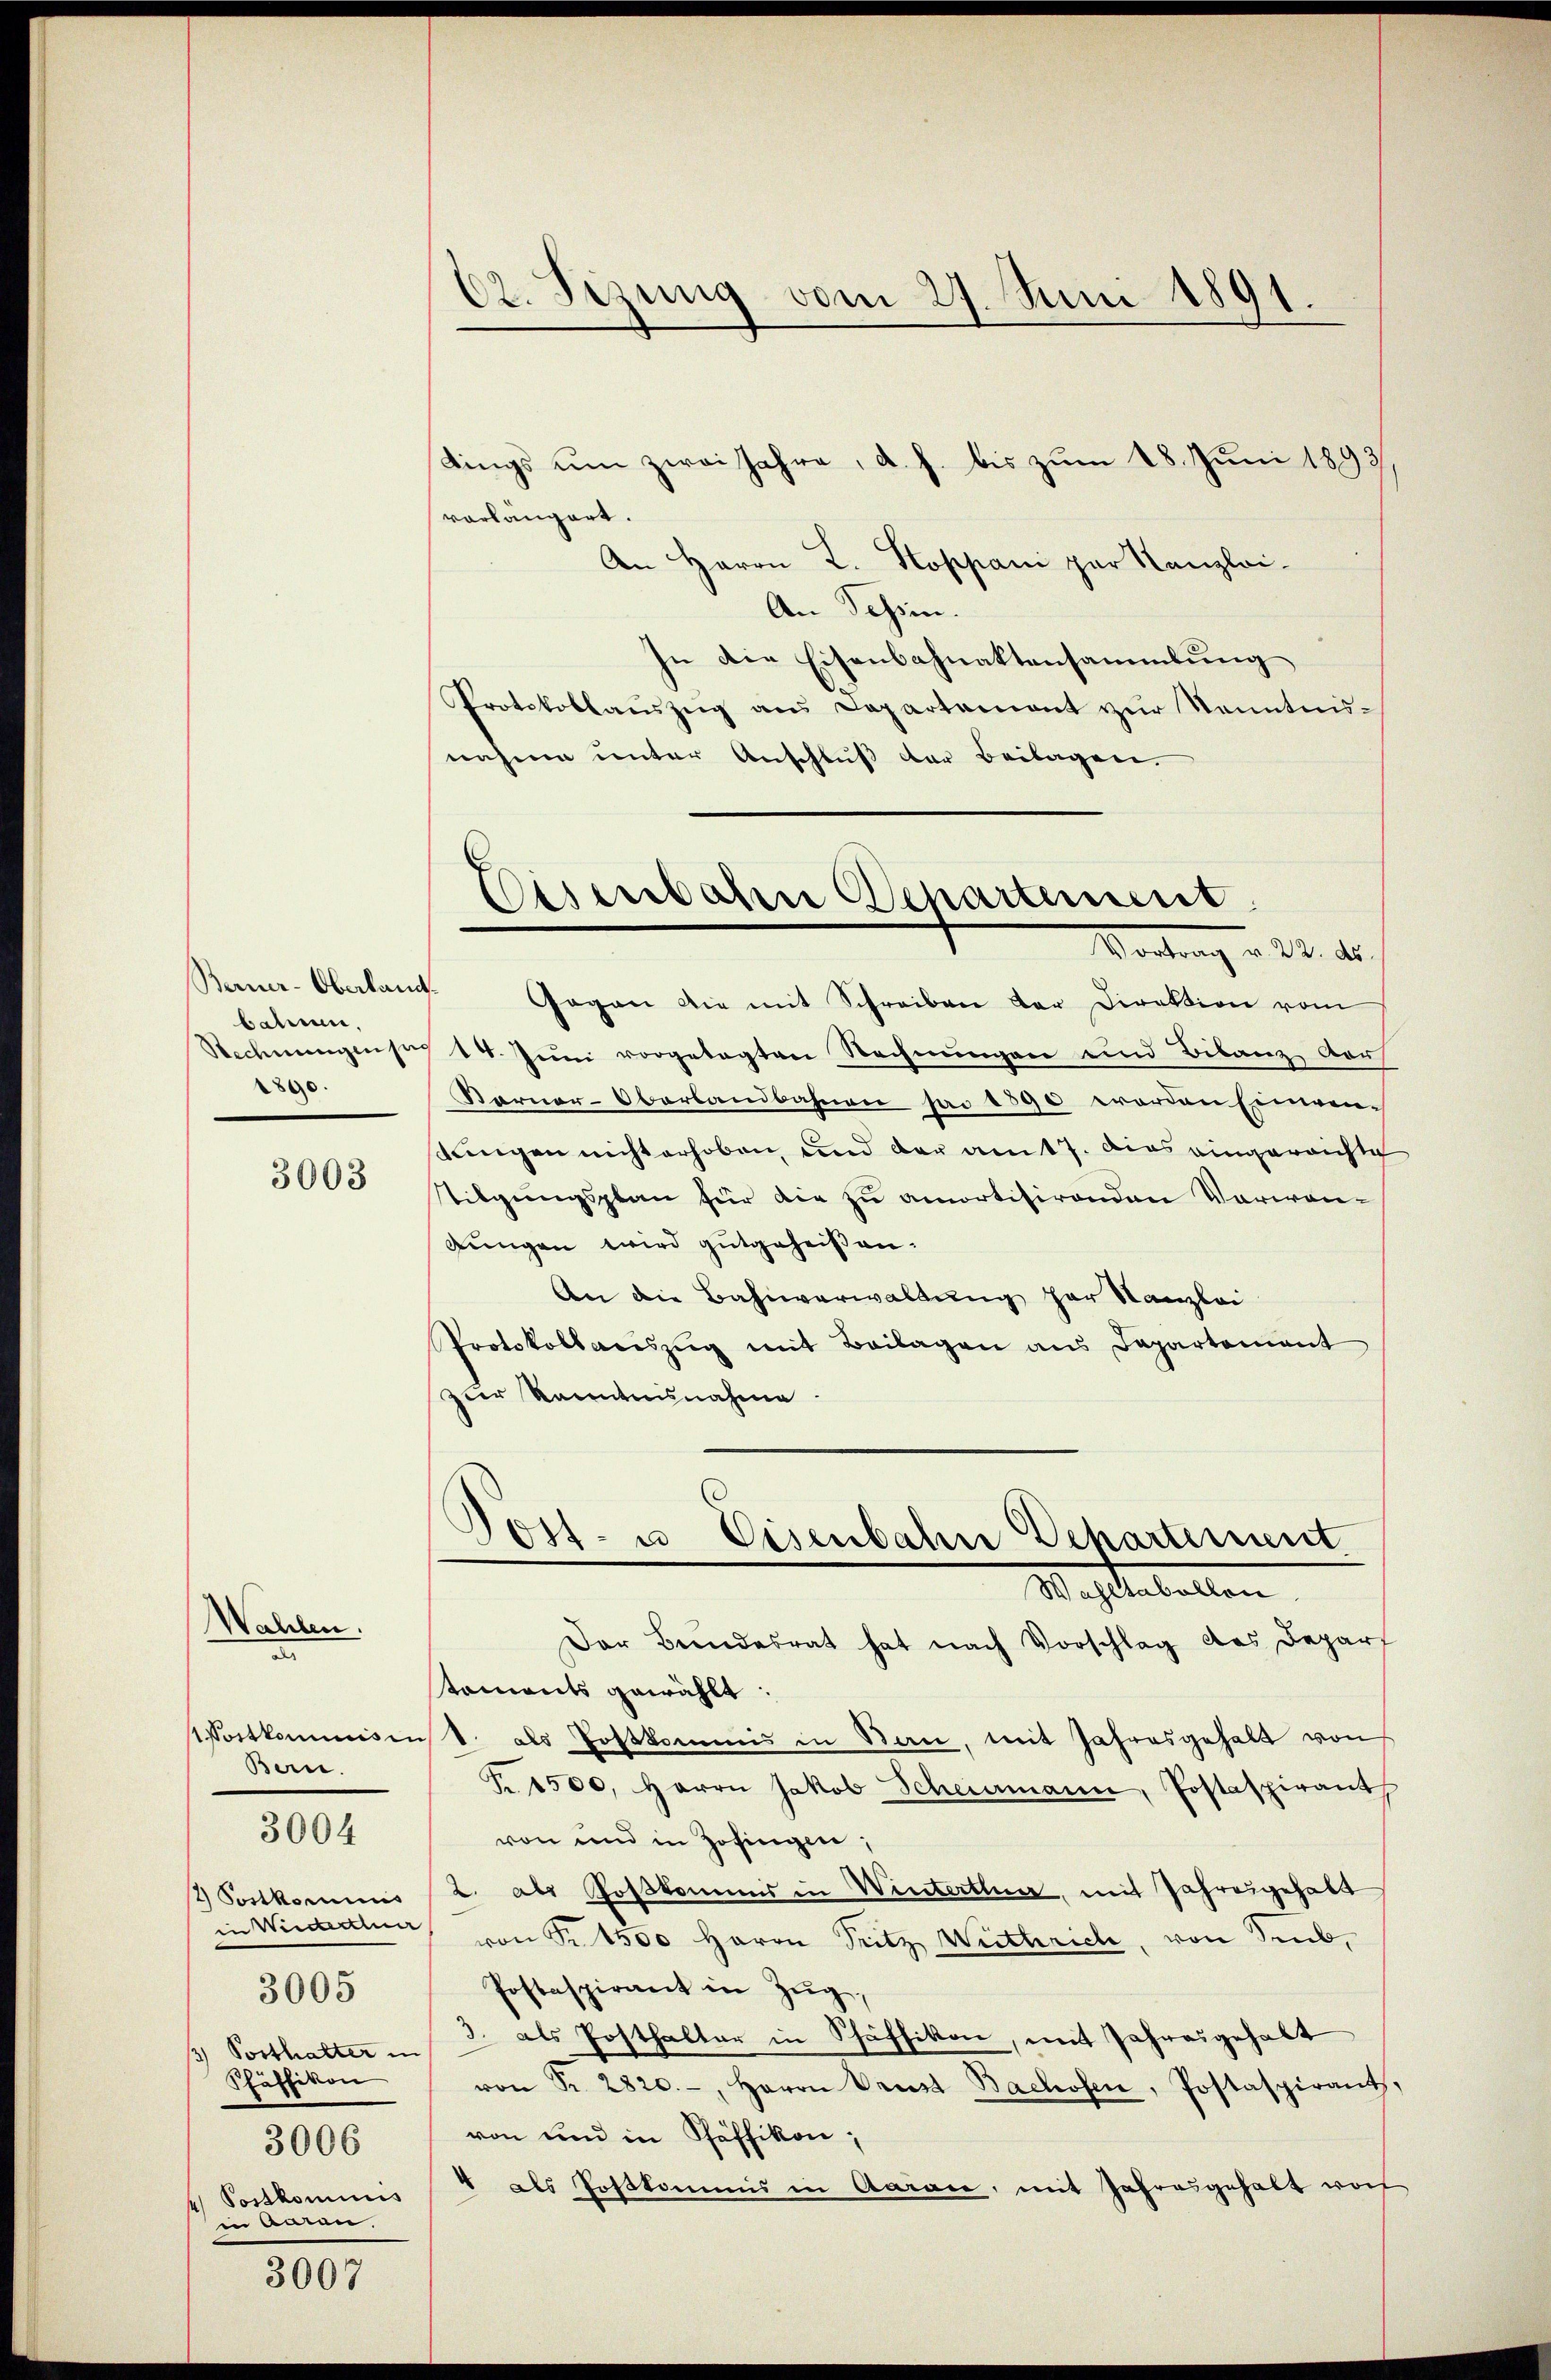
Berner-Oberlang.
bahnen,
2890.

3003

Walden.
a
Ban.
2) Postkominis
3005
3) Posthalter in
Pfäffikon
3006
Postkominis
in Anden,

3004

3007

62. Sizung vom 27. Juni 1891.

dings um zwei Jahre, d. h. bis zum 18. Juni 1893
vorlängert.
An Herrn R. Koppani par Kanzlei-
An Tessin.
In die Eisenbahnaktensammlung
Protokollauszug aus Departement zŭr Kenntnis-
nahme unter Anschluß der Beilagen.

Eisenbahn Departement
Vortrag v. 24. ds.

Post- u. Eisenbahn Departement
Wachstabellen

Gegen die mit Schreiben der Direktion vom
Rechnŭngen sich 14. Juni vorgelegten Rechnungen und Bilanz Vors
Karner-Oberlandbahnen pr 1890 worden Einen-
lungen nicht erhoben, und der am 17. dies eingereichte
tilgungsplan für die zu amortisirenden Vorwandungen wird gutgeheißen.
An die Bahnverwaltung her Kanzlei
Protokollariszŭg mit Beilagen ans Departement
zur Kenntnisnahme.
Der Bundesrat hat nach Vorschlag des Depart
staments gewählt:
Wortkommissist als Postkommis in San, mit Jahresgehalt von
Fr. 1500. Herrn Jakob Scheemann, Postaspirant
von und in Zofingen,
2. als Postkommis in Winterthur, mit Jahresgehalt
in Wiederten von Fr. 1500 Haron Tritz Wuthrich, von Sub¬
Postaspirant in Zŭg,
3. als Posthalter in Schäffikon, mit Jahresgehalt
von Nr. 2820.-, Herrn Prust Bachofen, Postaspirant,
von und in Pfäffikon;
4 als Postkommis in Aarace, mit Jahresgehalt wor